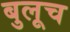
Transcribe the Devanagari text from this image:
बुलूच